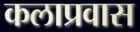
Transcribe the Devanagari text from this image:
कलाप्रवास